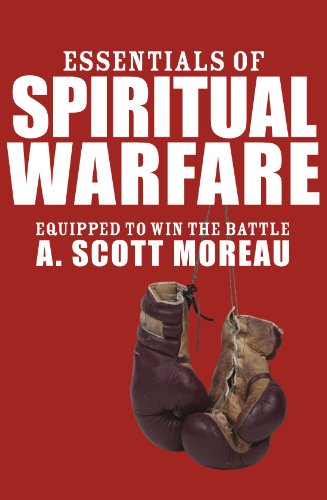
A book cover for Essentials of Spiritual Warfare: Equipped to Win the Battle; A. Scott Moreau; Religion & Spirituality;